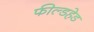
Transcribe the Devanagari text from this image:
फील्डहेड